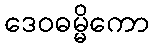
ဒေဝဓမ္မိကော